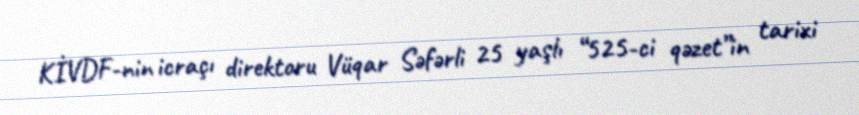
KİVDF-nin icraçı direktoru Vüqar Səfərli 25 yaşlı “525-ci qəzet”in tarixi